EELK_Tartu_Peetri_kogudus_(kirikutahed), lk 55
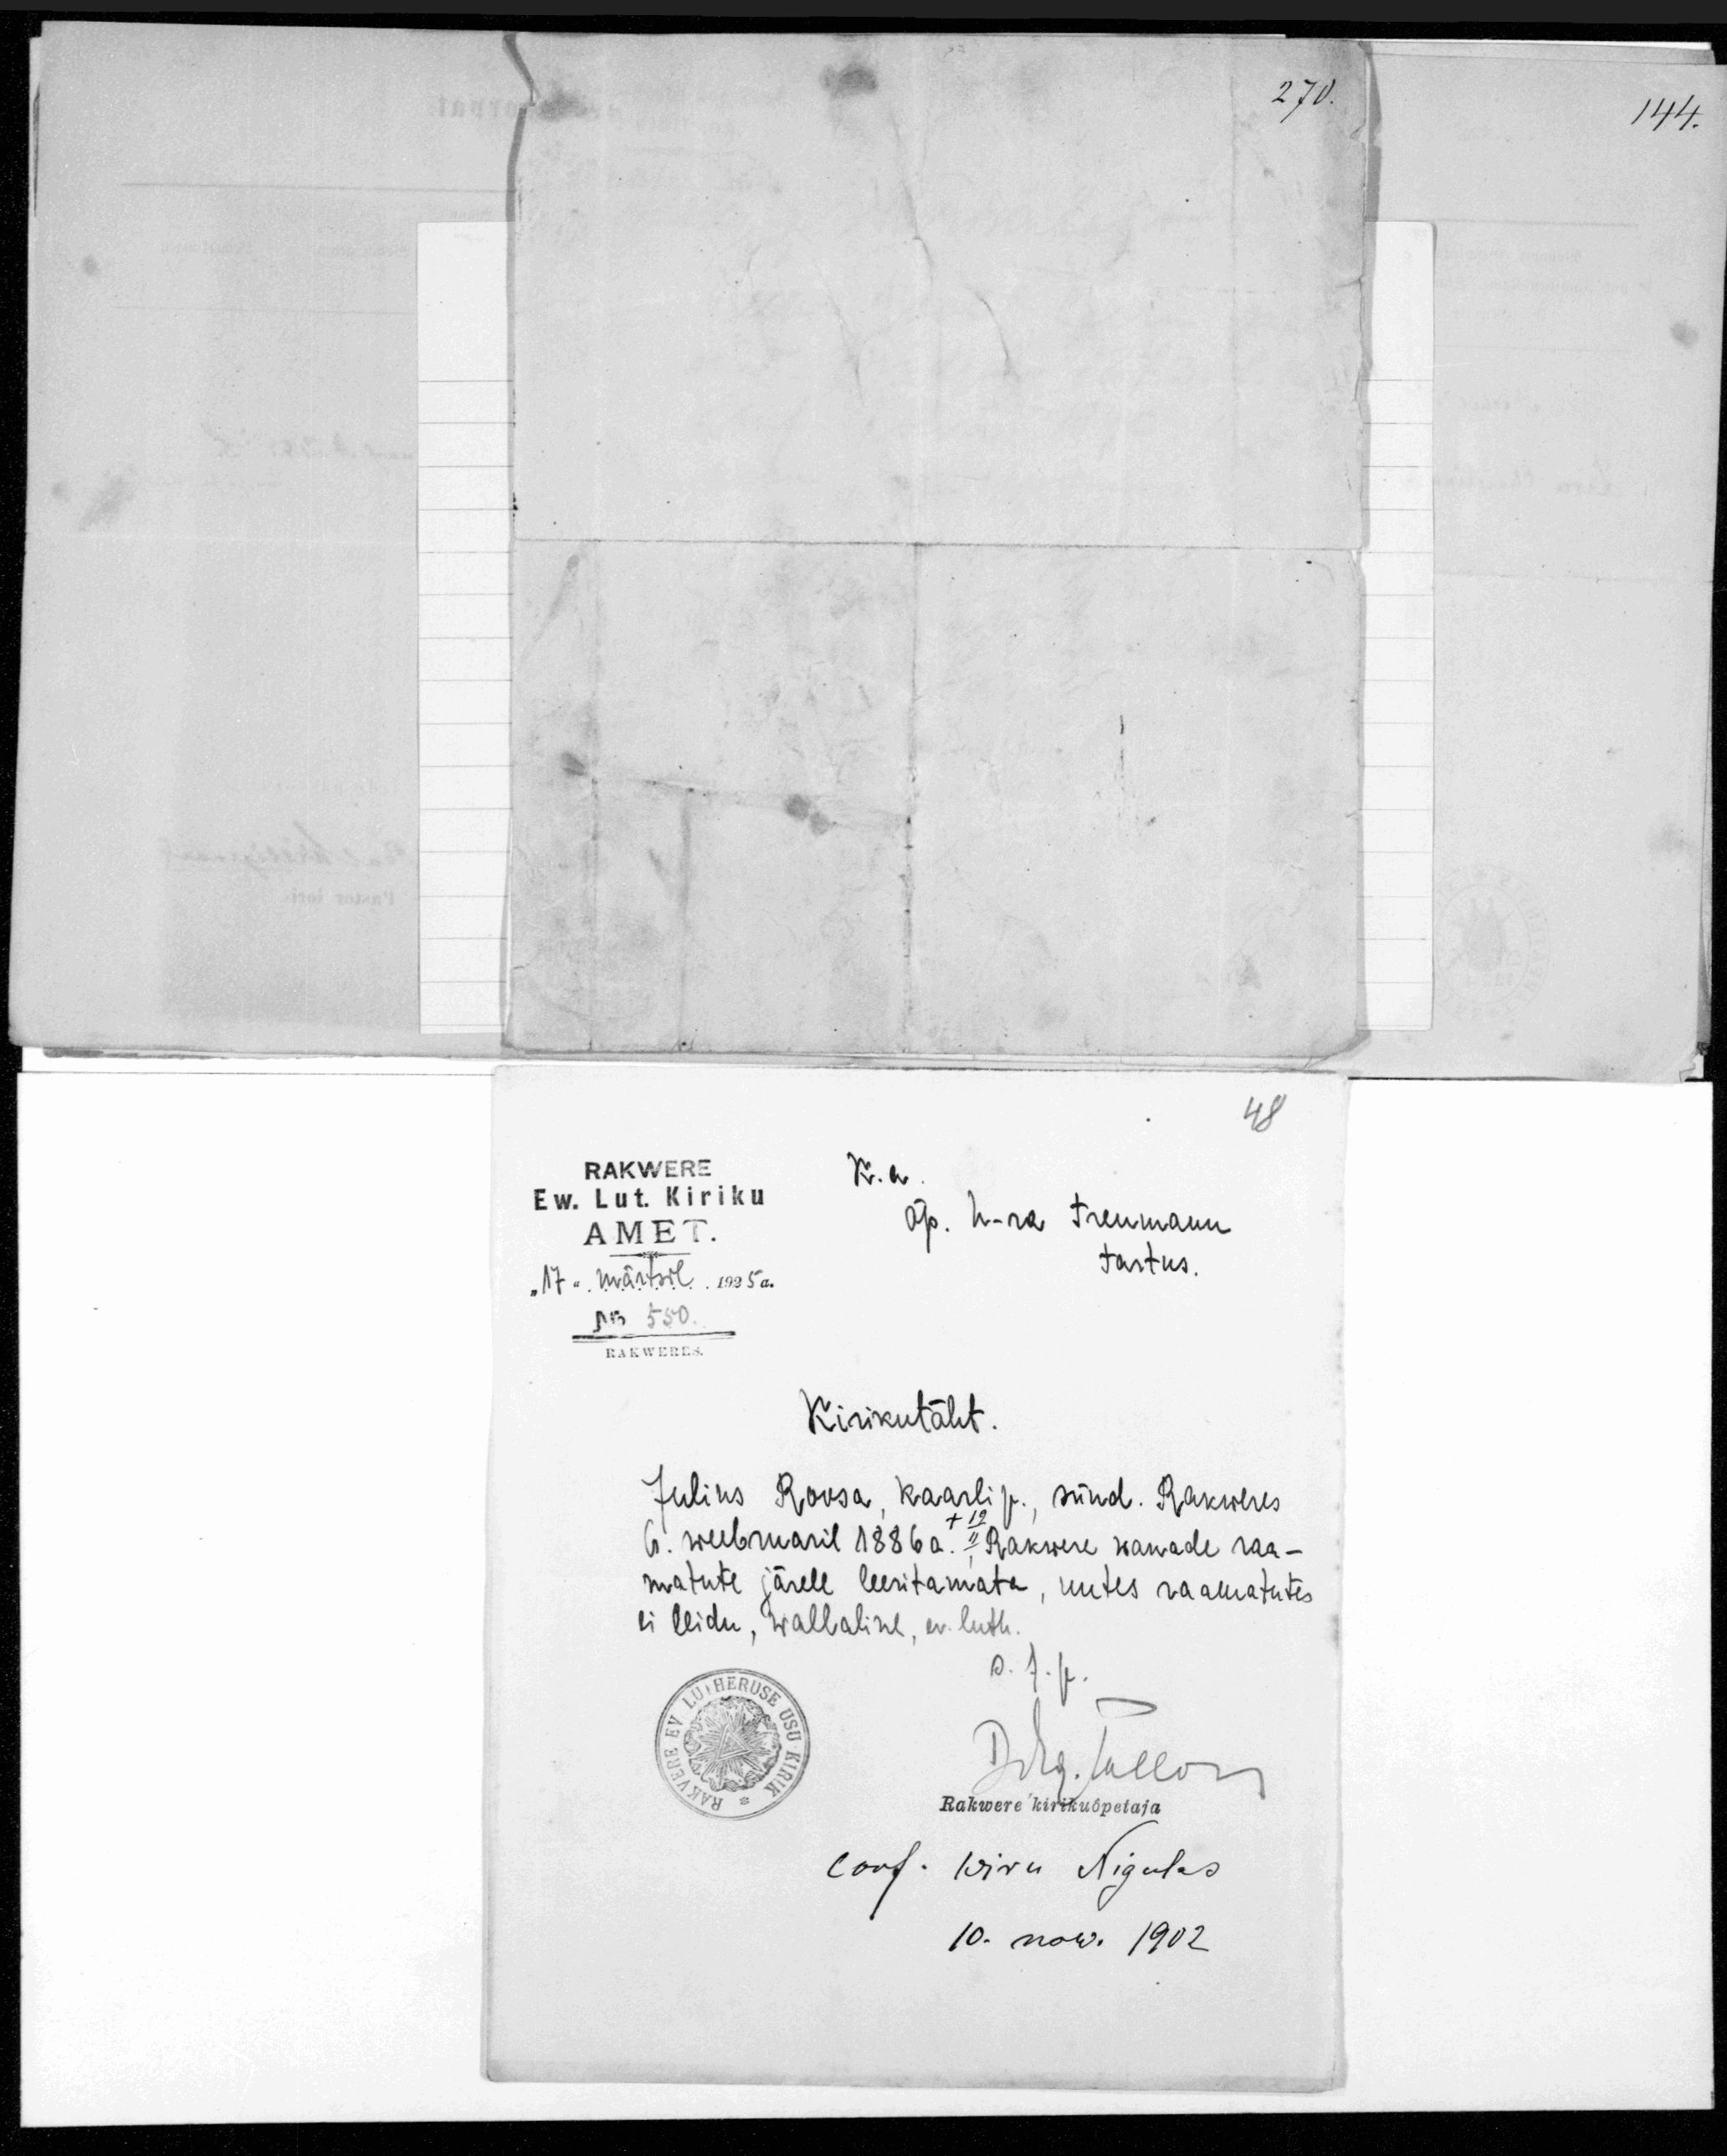
RAKWERE
K. a.
Ew. Lut. Kiriku
õp. h-ra Treumann
AMET.
Tartus.
"17" märtsil 1935a.
No 550
RAKWERES.
Kirikutäht.
Julius Roosa Kaarli p. sünd. Rakweres
6. weebruaril 1886a. II Rakwere wanade raa-
matute järele leeritamata, uutes raamatutes
ei leidu, wallaline, ev. luth.
conf. Wiru Nigulas
Rakwere kirikuõpetaja
10. now. 1902

270.

144